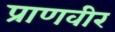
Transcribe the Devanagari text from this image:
प्राणवीर